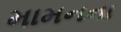
મામનના